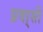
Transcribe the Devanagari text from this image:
प्रवा्सी